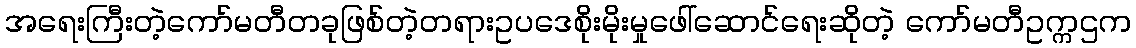
အရေးကြီးတဲ့ကော်မတီတခုဖြစ်တဲ့တရားဥပဒေစိုးမိုးမှုဖေါ်ဆောင်ရေးဆိုတဲ့ ကော်မတီဥက္ကဌက